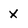
Character: x